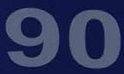
90